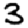
Digit: 3